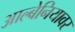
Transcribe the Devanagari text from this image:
आल्बेनियावर